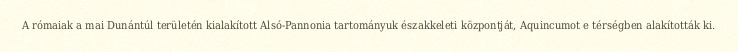
A rómaiak a mai Dunántúl területén kialakított Alsó-Pannonia tartományuk északkeleti központját, Aquincumot e térségben alakították ki.